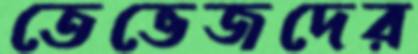
তেভেজদের